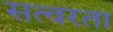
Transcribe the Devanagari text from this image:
सत्वरता